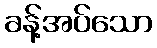
ခန့်အပ်သော